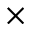
\times